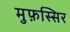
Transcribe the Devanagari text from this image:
मुफ़स्सिर